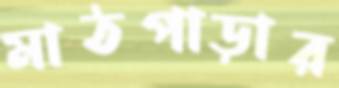
মাঠপাড়ার